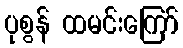
ပုစွန် ထမင်းကြော်